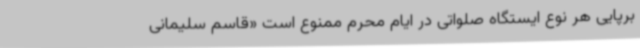
برپایی هر نوع ایستگاه صلواتی در ایام محرم ممنوع است «قاسم سلیمانی